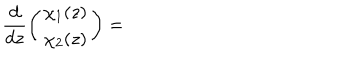
\frac { d } { d z } \left( \begin{array} { r r } { { \chi _ { 1 } ( z ) } } \\ { { \chi _ { 2 } ( z ) } } \\ \end{array} \right) =